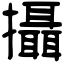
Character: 攝